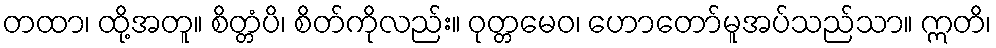
တထာ၊ ထို့အတူ။ စိတ္တံပိ၊ စိတ်ကိုလည်း။ ဝုတ္တမေဝ၊ ဟောတော်မူအပ်သည်သာ။ ဣတိ၊